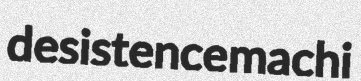
desistence machi